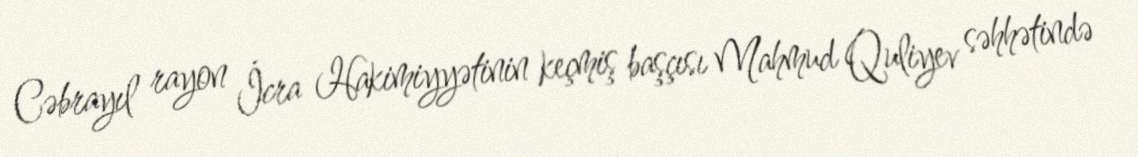
Cəbrayıl rayon İcra Hakimiyyətinin keçmiş başçısı Mahmud Quliyev səhhətində